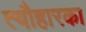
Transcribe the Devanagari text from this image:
त्यौहारका